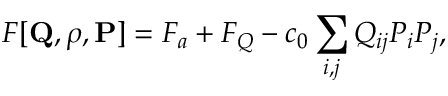
F [ { \bf Q } , \rho , { \bf P } ] = F _ { a } + F _ { Q } - c _ { 0 } \sum _ { i , j } { Q _ { i j } } P _ { i } P _ { j } ,